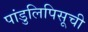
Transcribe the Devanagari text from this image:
पांडुलिपिसूची